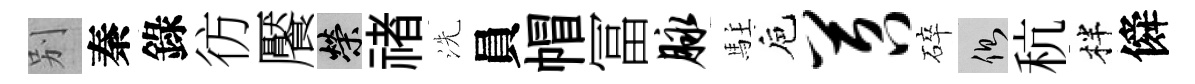
别秦錄彷饜榮禇洗員帽冨脉駐巵苕碎側秔柈僢